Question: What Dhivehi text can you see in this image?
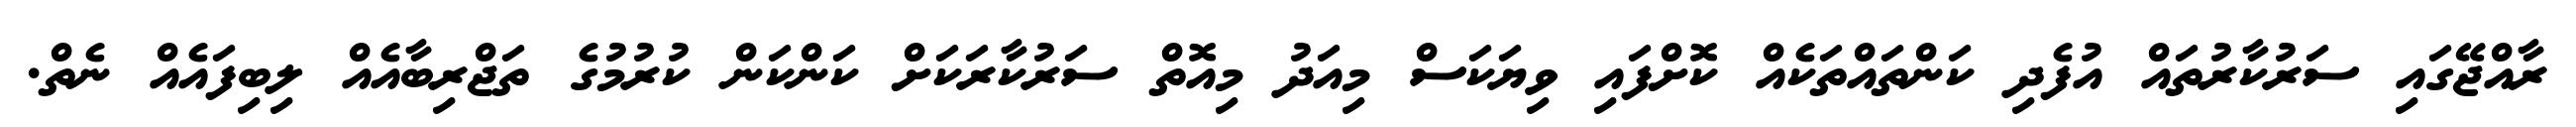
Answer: ރާއްޖޭގައި ސަރުކާރުތައް އުފެދި ކަންތައްތަކެއް ކޮށްފައި ވިޔަކަސް މިއަދު މިއޮތް ސަރުކާރަކަށް ކަންކަން ކުރުމުގެ ތަޖްރިބާއެއް ލިބިފައެއް ނެތް.